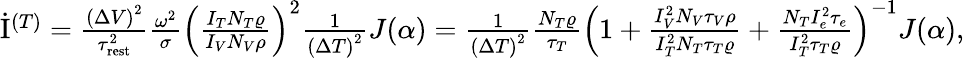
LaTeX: \begin{array}{r}{\dot{\mathrm{I}}^{(T)}=\frac{\left(\Delta V\right)^{2}}{\tau_{\mathrm{rest}}^{2}}\frac{\omega^{2}}{\sigma}\left(\frac{I_{T}N_{T}\varrho}{I_{V}N_{V}\rho}\right)^{2}\frac{1}{\left(\Delta T\right)^{2}}J(\alpha)=\frac{1}{\left(\Delta T\right)^{2}}\frac{N_{T}\varrho}{\tau_{T}}\left(1+\frac{I_{V}^{2}N_{V}\tau_{V}\rho}{I_{T}^{2}N_{T}\tau_{T}\varrho}+\frac{N_{T}I_{e}^{2}\tau_{e}}{I_{T}^{2}\tau_{T}\varrho}\right)^{-1}J(\alpha),}\end{array}